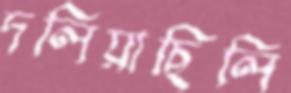
দলিয়াছিলি